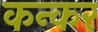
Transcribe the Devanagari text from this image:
कन्कर